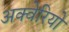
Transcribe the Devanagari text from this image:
अक्वेरियो